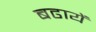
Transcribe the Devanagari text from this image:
बढायें